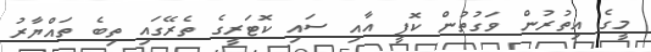
މީގެ އިތުރުން ވަގުތުން ކޮފީ އާއި ސައި ކޮޓަރީގެ ތެރޭގައި ތިބެ ތައްޔާރު